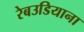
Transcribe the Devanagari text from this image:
रेबउडियाना